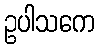
ဥပါသကေ